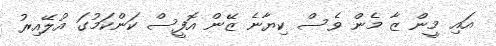
އައި މީން ޒާ މެން ވެސް ކިޔާނެ ޒޭން އޮފީސް ކަންކަމުގަ އުލޭއިރު